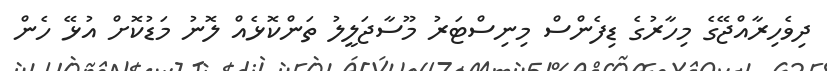
ދިވެހިރާއްޖޭގެ މިހާރުގެ ޑިފެންސް މިނިސްޓަރު މޫސާޖަލީލު ތަންކޮޅެއް ލޮނު މަޑުކޮށް އުޅޭ ހެން